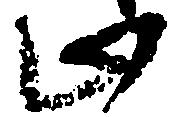
止